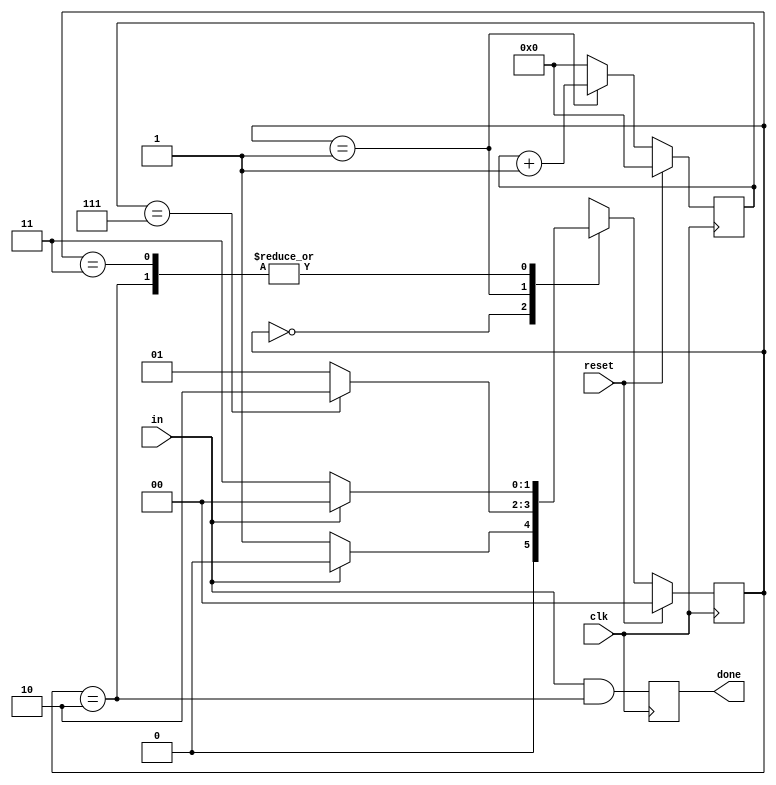
module top_module(
    input clk,
    input in,
    input reset,    // Synchronous reset
    output done
); 

    parameter IDLE=0, START=1, DONE=2, STOP=3;
    
    reg [1:0] state=IDLE, next_state;
    reg [3:0] counter=4'b0;
    
    always @(posedge clk) begin
        if (reset) state <= IDLE;
        else state <= next_state;
    end
    
    always @(posedge clk) begin
        if (reset) counter <= '0;
        else if (state == START) counter <= counter + 1'b1;
        else counter <= '0;
        
        done <= in && state == DONE;
    end
    
    always @(*) begin
        case (state)
            IDLE: next_state = in ? IDLE : START;
            START: next_state = counter == 7 ? DONE : START;
            DONE: next_state = in ? IDLE : STOP;
            STOP: next_state = in ? IDLE : STOP;
        endcase
    end
        
endmodule